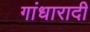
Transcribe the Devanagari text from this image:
गांधारादी